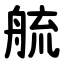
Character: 艈